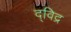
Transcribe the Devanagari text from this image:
द्विद्र